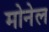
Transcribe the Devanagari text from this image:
मोनेल